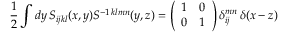
\frac { 1 } { 2 } \int d y \, S _ { i j k l } ( x , y ) S ^ { - 1 \, k l m n } ( y , z ) = \left( \begin{array} { c c } { { 1 } } & { { 0 } } \\ { { 0 } } & { { 1 } } \end{array} \right) \delta _ { i j } ^ { m n } \, \delta ( x - z )